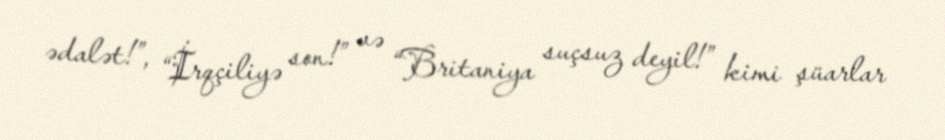
ədalət!”, “İrqçiliyə son!” və “Britaniya suçsuz deyil!” kimi şüarlar